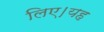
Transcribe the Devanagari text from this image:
लिए।यह